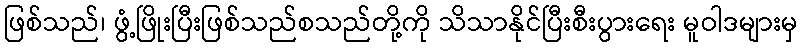
ဖြစ်သည်၊ ဖွံ့ဖြိုးပြီးဖြစ်သည်စသည်တို့ကို သိသာနိုင်ပြီးစီးပွားရေး မူဝါဒများမှ